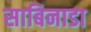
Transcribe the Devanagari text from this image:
साबिनाडा